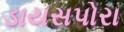
ડાયસપોરા